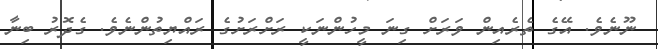
ނޫނެވެ. އޭގެ ތެރެއިން ވަރަށް ގިނަ މީހުންނަކީ ރަށްރަށުގެ ރައްޔިތުންނެވެ. ގެދޮރު ބިނާ